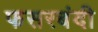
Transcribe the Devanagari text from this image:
फसरबंदी